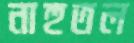
নাহুতল